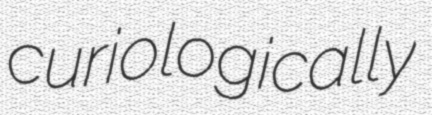
curiologically